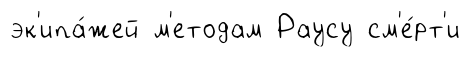
эк'ипа́жей м'етодам Раусу см'е́рт'и